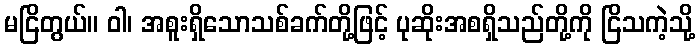
မငြိတွယ်။ ဝါ၊ အစူးရှိသောသစ်ခက်တို့ဖြင့် ပုဆိုးအစရှိသည်တို့ကို ငြိသကဲ့သို့